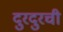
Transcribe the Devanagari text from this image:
दुरदुरची